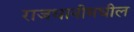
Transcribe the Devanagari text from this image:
राजधानीमधील